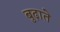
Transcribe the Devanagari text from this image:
बुढ़ाते